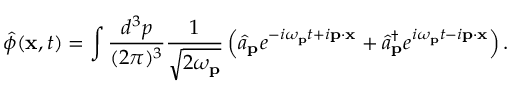
{ \hat { \phi } } ( \mathbf { x } , t ) = \int { \frac { d ^ { 3 } p } { ( 2 \pi ) ^ { 3 } } } { \frac { 1 } { \sqrt { 2 \omega _ { \mathbf { p } } } } } \left( { \hat { a } } _ { \mathbf { p } } e ^ { - i \omega _ { \mathbf { p } } t + i \mathbf { p } \cdot \mathbf { x } } + { \hat { a } } _ { \mathbf { p } } ^ { \dagger } e ^ { i \omega _ { \mathbf { p } } t - i \mathbf { p } \cdot \mathbf { x } } \right) .